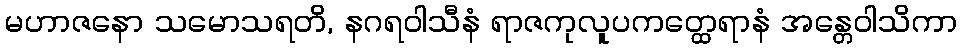
မဟာဇနော သမောသရတိ, နဂရဝါသီနံ ရာဇကုလူပကတ္ထေရာနံ အန္တေဝါသိကာ